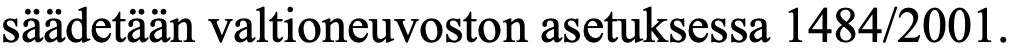
säädetään valtioneuvoston asetuksessa 1484/2001.